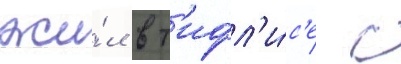
жи́л в т'ифл'и́с'е с